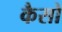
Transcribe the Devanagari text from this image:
कैसो